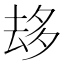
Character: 𠫾